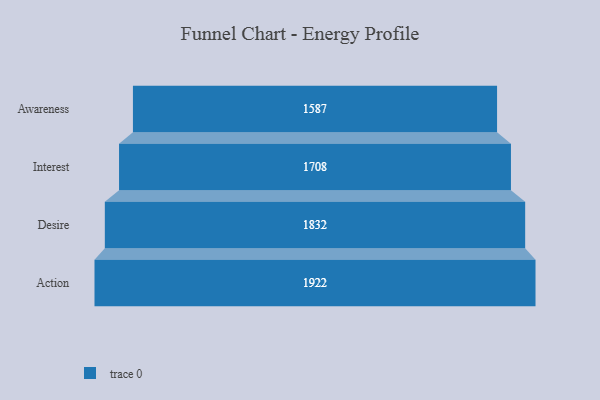
{"axis": {"x": "Stage", "y": "Value"}, "legend": [""], "data": [{"x": "Awareness", "y": 1587.0, "type": ""}, {"x": "Interest", "y": 1708.0, "type": ""}, {"x": "Desire", "y": 1832.0, "type": ""}, {"x": "Action", "y": 1922.0, "type": ""}]}